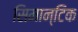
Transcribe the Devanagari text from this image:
सिमान्टिक